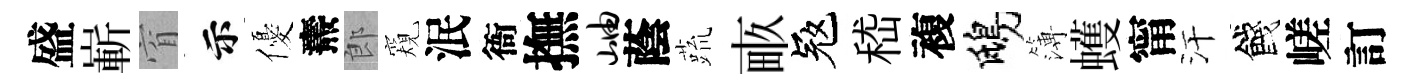
盛嶄窅示優燾郎窺泯衙撫岫蔭蔬畞冦嵇複鴟簿蠖甯汗餞嵯訂